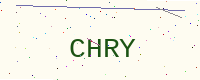
Text: CHRY